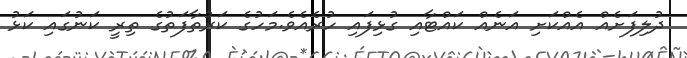
ދުލިފަށެއް އެއްކަށި އަނެއް ކައްޓާއި ގުޅިފައި ހުރެއެވެ.މަހުގެ ކަރުތާފަތުގެ ތިރީ ކަނުގައި ކަޅު